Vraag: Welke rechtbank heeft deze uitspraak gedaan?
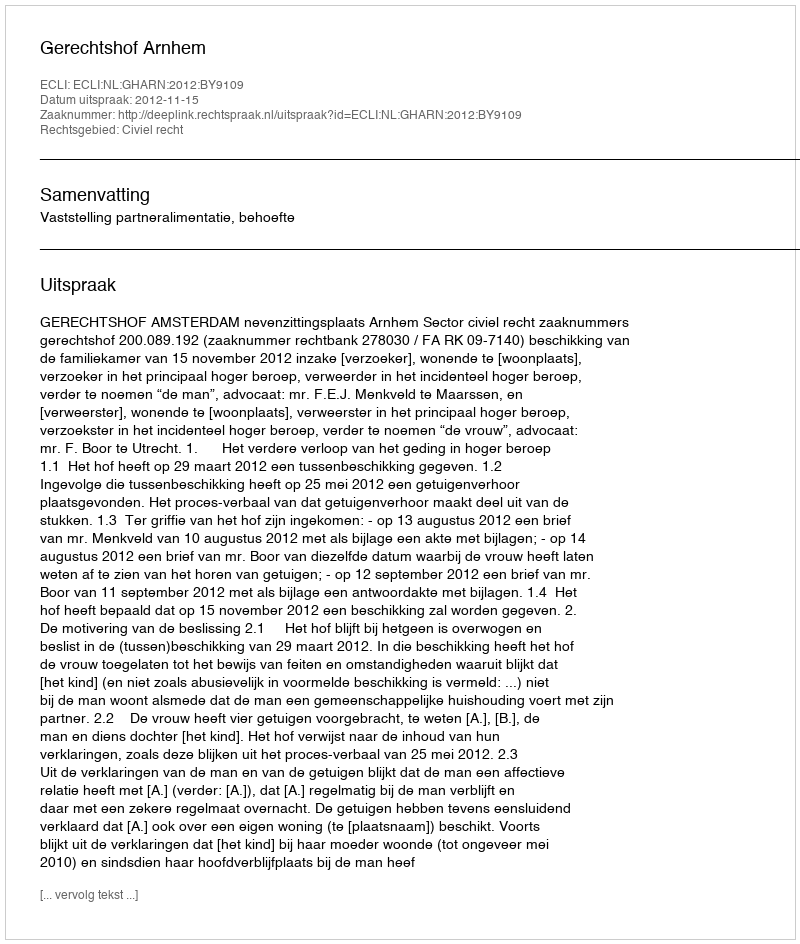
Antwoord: Gerechtshof Arnhem